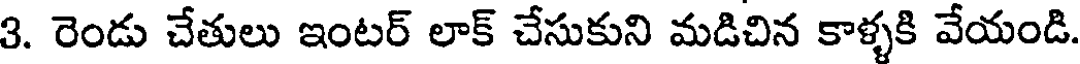
3. రెండు చేతులు ఇంటర్ లాక్ చేసుకుని మడిచిన కాళ్ళకి వేయండి